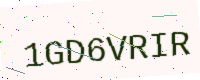
Text: 1GD6VRIR